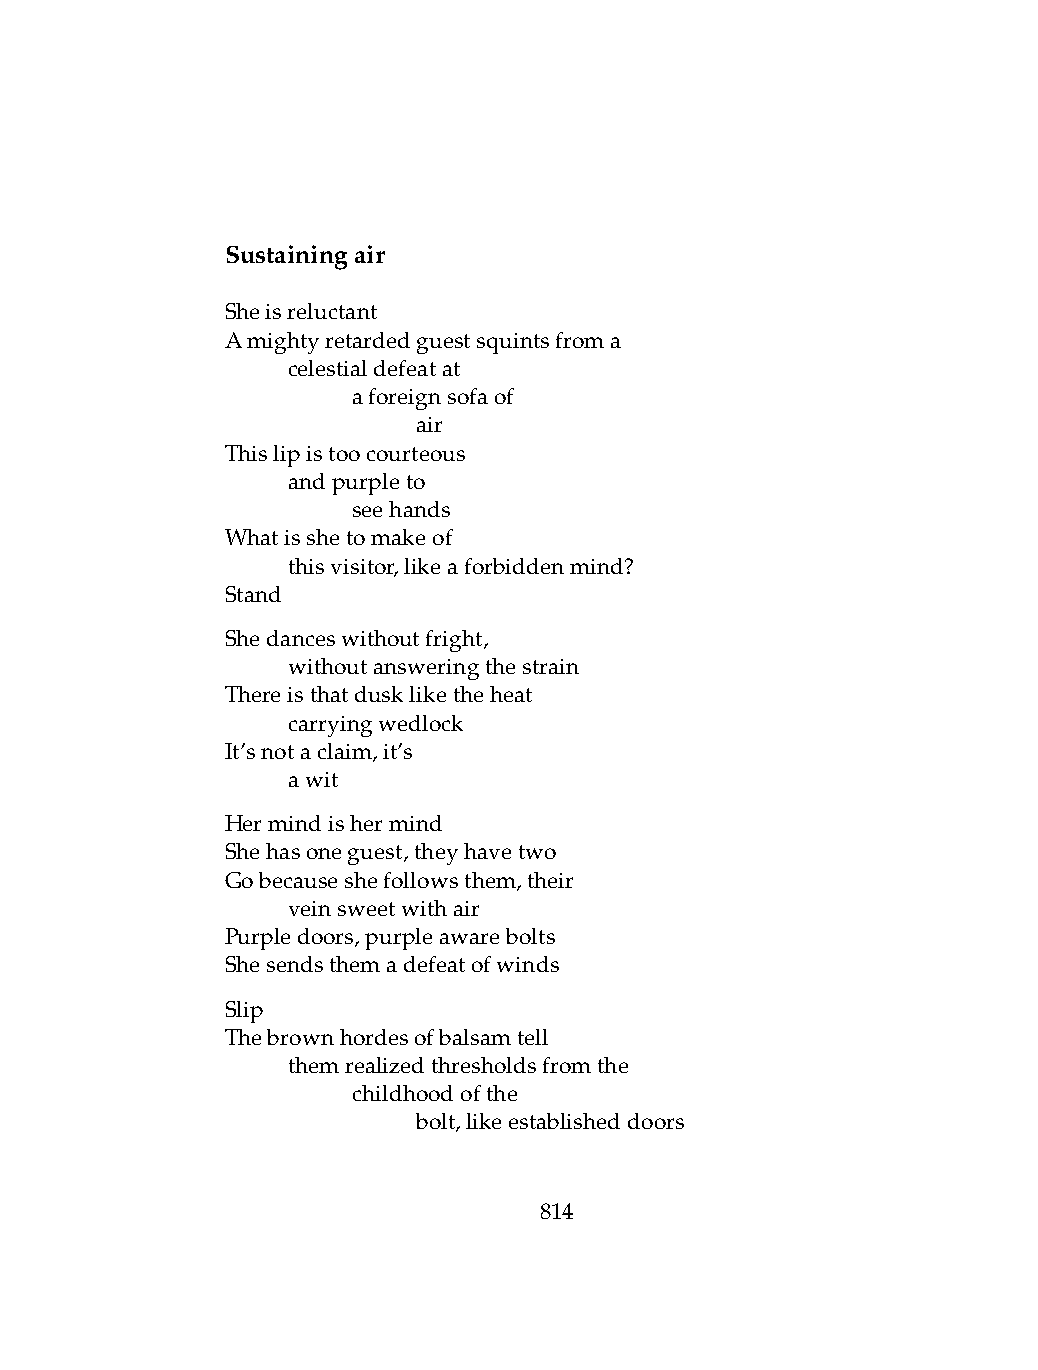
Sustainingair
 Sheisreluctant
 Amightyretardedguestsquintsfroma
 .   celestialdefeatat
 .   .   aforeignsofaof
 .   .   .    air
 Thislipistoocourteous
 .   andpurpleto
 .   .   seehands
 Whatisshetomakeof
 .   thisvisitor,likeaforbiddenmind?
 Stand
 Shedanceswithoutfright,
 .   withoutansweringthestrain
 Thereisthatduskliketheheat
 .   carryingwedlock
 It’snotaclaim,it’s
 .   awit
 Hermindishermind
 Shehasoneguest,theyhavetwo
 Gobecauseshefollowsthem,their
 .   veinsweetwithair
 Purpledoors,purpleawarebolts
 Shesendsthemadefeatofwinds
 Slip
 Thebrownhordesofbalsamtell
 .   themrealizedthresholdsfromthe
 .   .   childhoodofthe
 .   .   .    bolt,likeestablisheddoors
 814